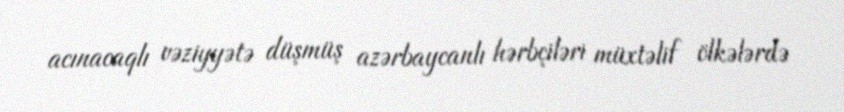
acınacaqlı vəziyyətə düşmüş azərbaycanlı hərbçiləri müxtəlif ölkələrdə